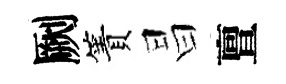
劂簀昌亶